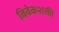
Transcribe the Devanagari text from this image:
विवेकशक्ती